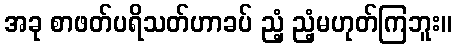
အခု စာဖတ်ပရိသတ်ဟာခပ် ညံ့ ညံ့မဟုတ်ကြဘူး။